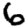
Digit: 6